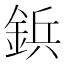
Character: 鋲